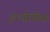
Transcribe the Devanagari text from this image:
इन्जीनीयर